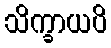
သိက္ခာယပိ